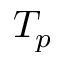
T _ { p }